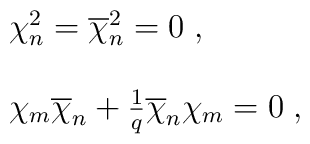
\begin{array}{l}\chi _n^2=\overline{\chi }_n^2=0 \;,\\\\\chi _m\overline{\chi }_n+{ 1\over q}\overline{\chi }_n\chi _m=0 \;,\end{array}